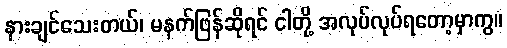
နားချင်သေးတယ်၊ မနက်ဖြန်ဆိုရင် ငါတို့ အလုပ်လုပ်ရတော့မှာကွ။